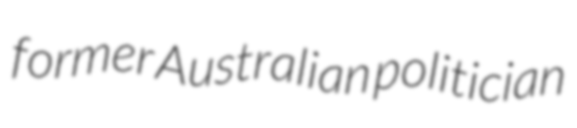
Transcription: former Australian politician